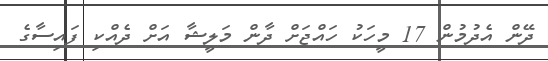
ދޭން އެދުމުން 17 މީހަކު ހައްޖަށް ދާން މަލީޝާ އަށް ދެއްކި ފައިސާގެ